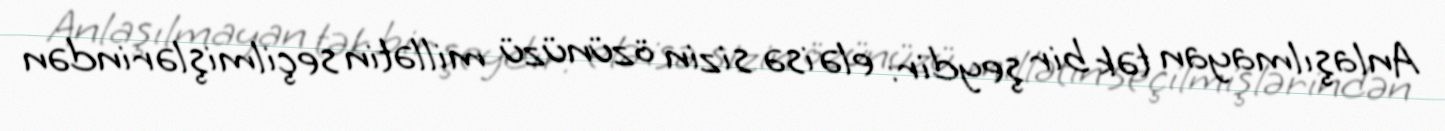
Anlaşılmayan tək bir şeydir: elə isə sizin özünüzü millətin seçilmişlərindən